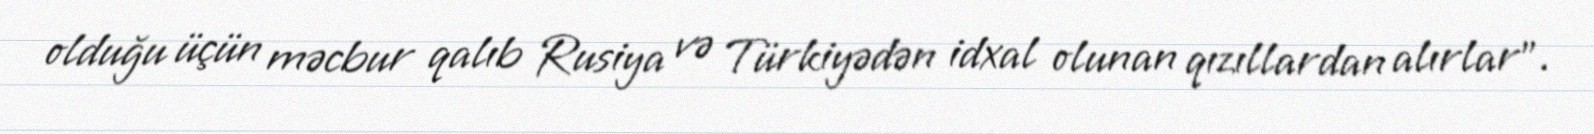
olduğu üçün məcbur qalıb Rusiya və Türkiyədən idxal olunan qızıllardan alırlar”.